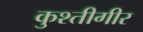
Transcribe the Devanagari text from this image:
कुश्तीगीर